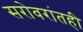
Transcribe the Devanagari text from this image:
सरोवरांतही